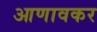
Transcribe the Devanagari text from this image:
आणावकर